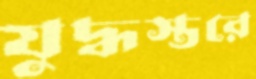
যুদ্ধস্তরে